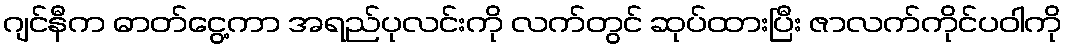
ဂျင်နီက ဓာတ်ငွေ့ကာ အရည်ပုလင်းကို လက်တွင် ဆုပ်ထားပြီး ဇာလက်ကိုင်ပဝါကို